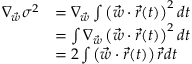
\begin{array} { r l } { \nabla _ { \vec { w } } \sigma ^ { 2 } } & { = \nabla _ { \vec { w } } \int \left( \vec { w } \cdot \vec { r } ( t ) \right) ^ { 2 } d t } \\ & { = \int \nabla _ { \vec { w } } \left( \vec { w } \cdot \vec { r } ( t ) \right) ^ { 2 } d t } \\ & { = 2 \int \left( \vec { w } \cdot \vec { r } ( t ) \right) \vec { r } d t } \end{array}